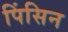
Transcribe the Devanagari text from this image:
पिंसिन